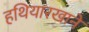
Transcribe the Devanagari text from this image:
हथियारखाने